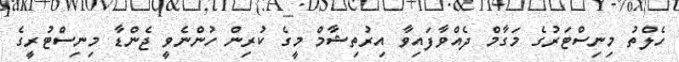
ހެލްތު މިނިސްޓަރުގެ މަގާމް ދެއްވާފައިވާ އިރުތިޝާމް މީގެ ކުރިން ހުންނެވީ ޖެންޑާ މިނިސްޓުރީގެ